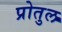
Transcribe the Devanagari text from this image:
प्रोतुल